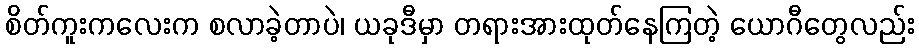
စိတ်ကူးကလေးက စလာခဲ့တာပဲ၊ ယခုဒီမှာ တရားအားထုတ်နေကြတဲ့ ယောဂီတွေလည်း